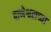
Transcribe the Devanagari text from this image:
बाणेश्वराच्या